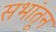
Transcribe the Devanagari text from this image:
सभांतून